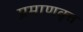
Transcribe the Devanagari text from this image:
प्रमाणवृत्त